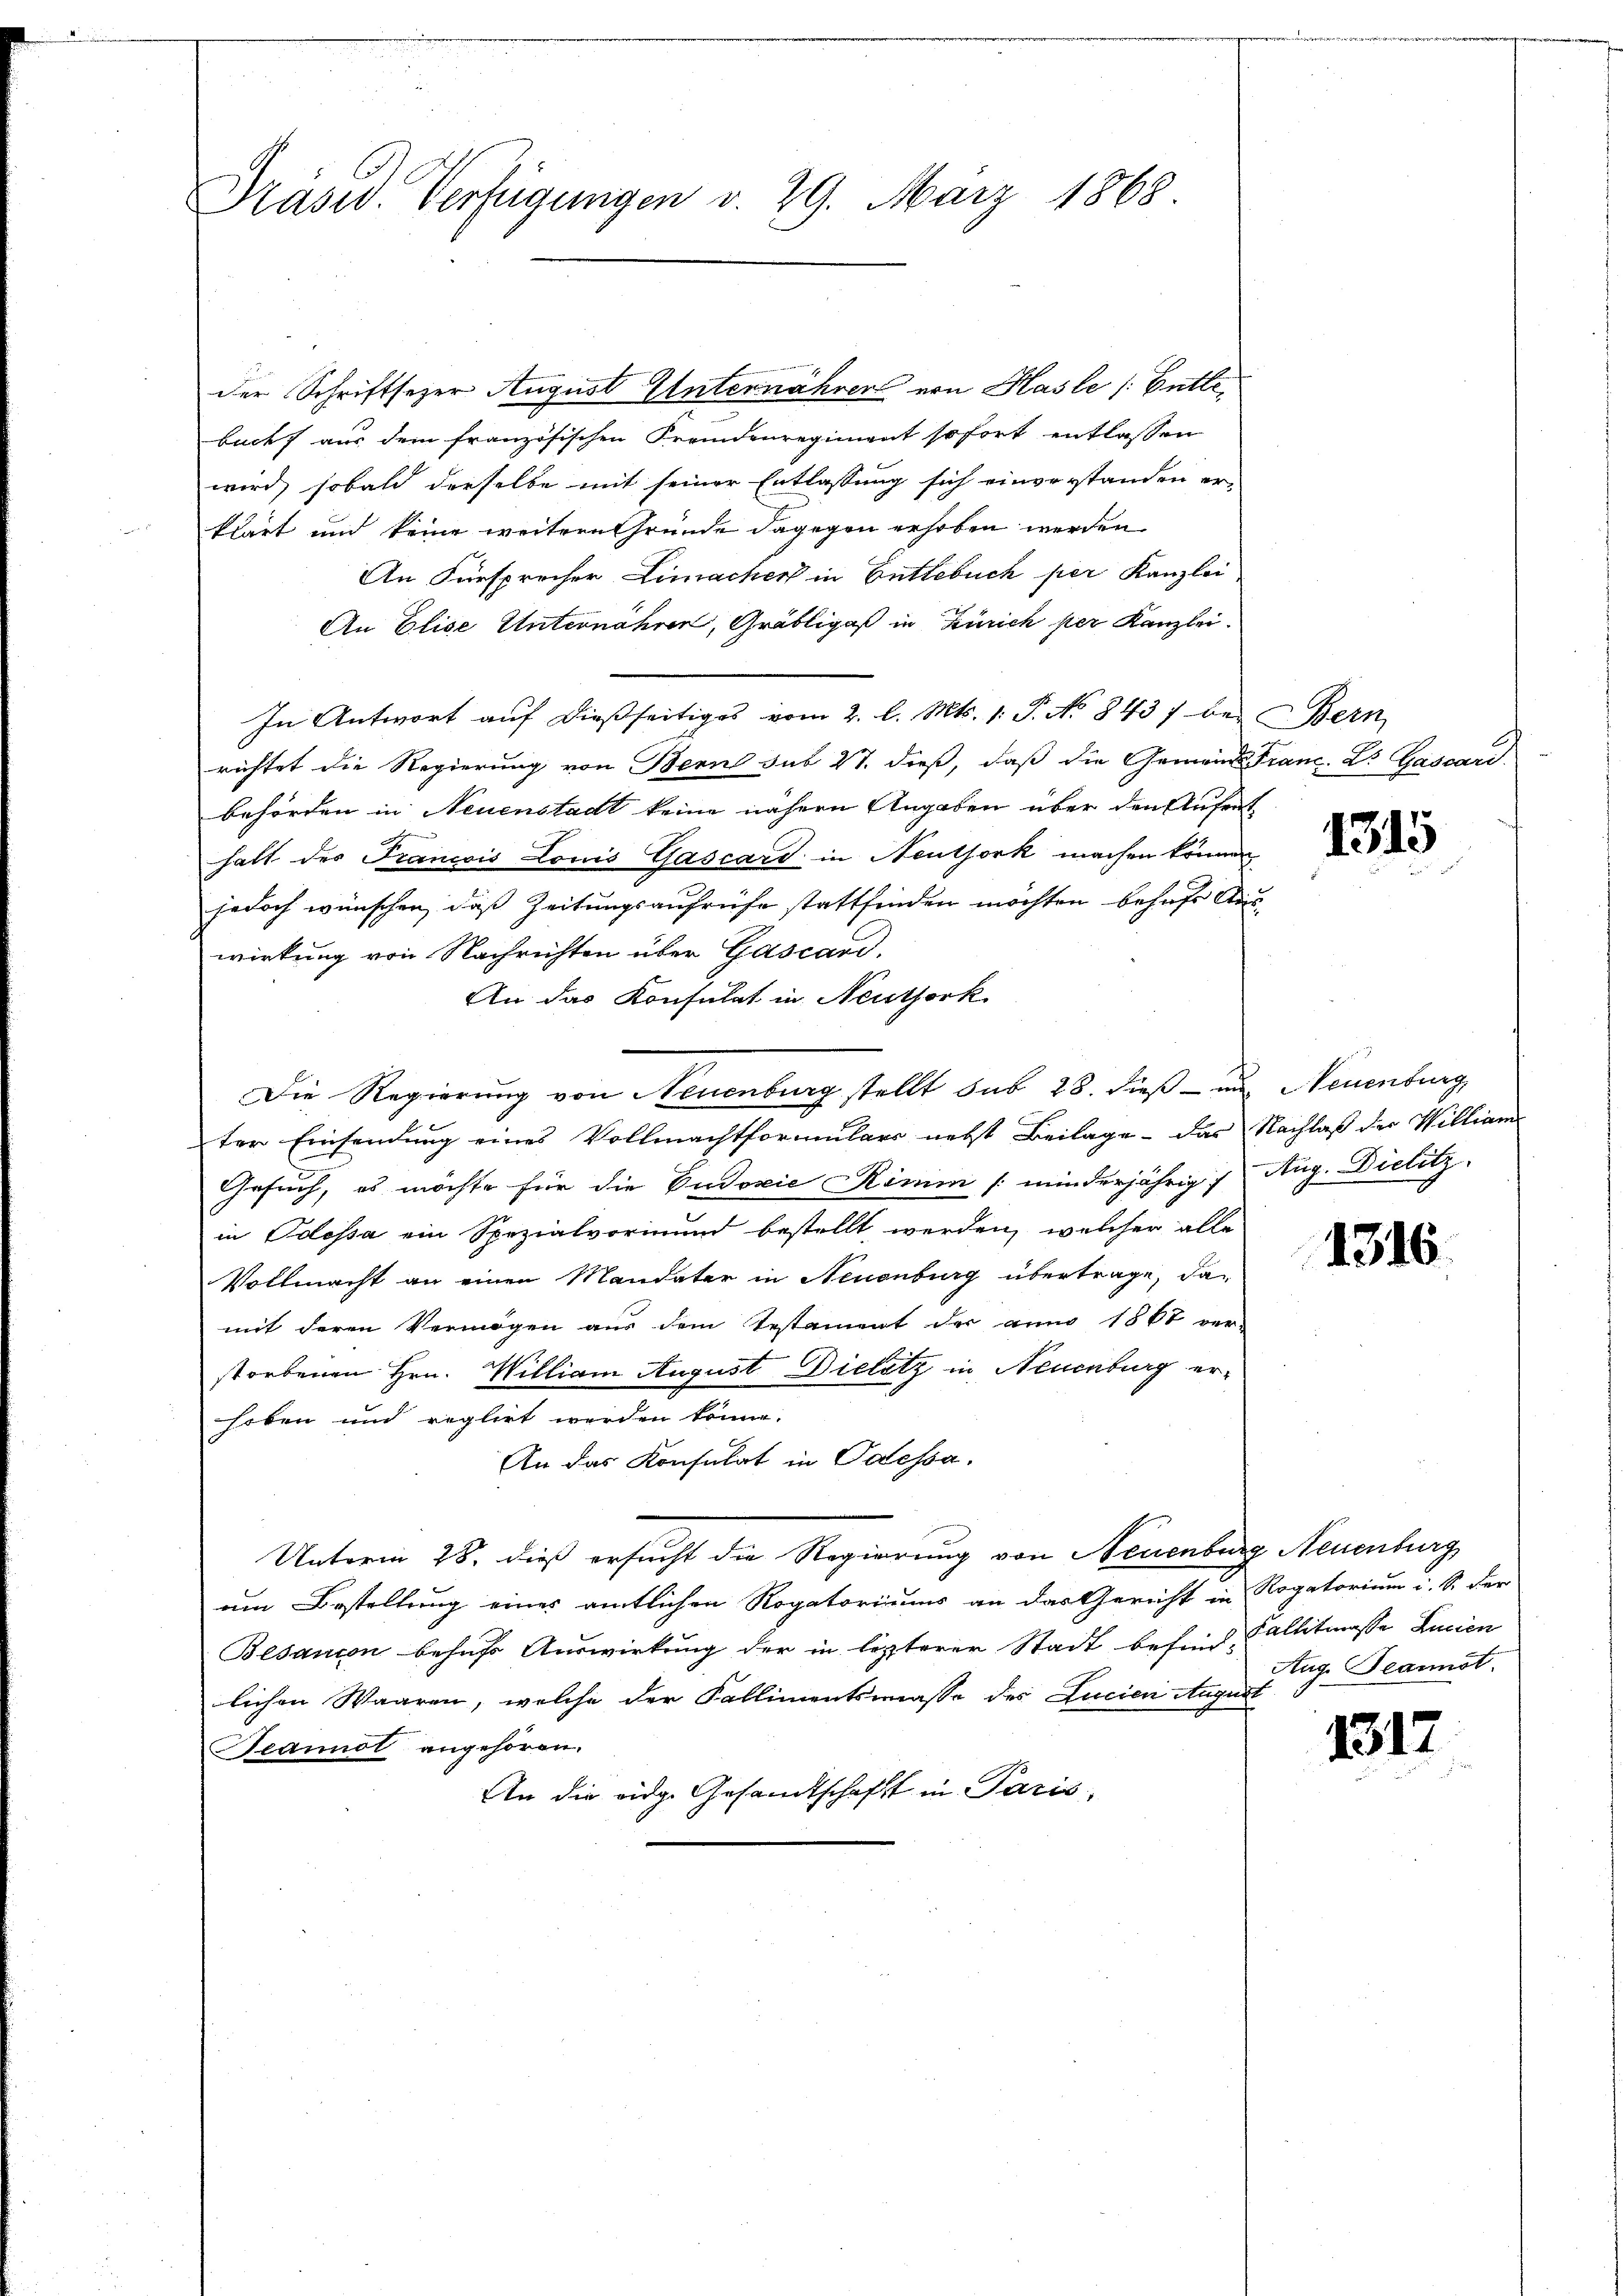
Präsid. Verfügungen d. 29. März 1868

der Schriftsezer August Unternähren von Hasle /: Buttebacht aus dem französischen Fremdenregiment sofort entlassen
wird, sobald derselbe mit seiner Entlassung sich einverstanden er-
klärt und keine weitere Gründe dagegen erhoben werden.
An Fürsprecher Limacher in Entlebuch per Kanzlei
An Elise Unternähren, Gräbligast in Zürich per Kanzlei.
In Antwort auf dießseitiges vom 2. l. Mts. 1. P. No 8437 bei Bern,
richtet die Regierung von Bern sub 27. dieß, daß die Gemeinde Franz. Dr Gascari
behörden in Neuenstadt keine nähern Angaben über den Aufent
halt des Francois Louis Gascart in Neuthork machen können
jedoch wünschen, daß Zeitungsaufrufe stattfinden möchten behufs Auswirkung von Nachrichten über Gascard.
An das Konsulat in Neuthork
Die Regierung von Neuenburg stellt sub 28. dieß – und Neuenburg,
ter Einsendung eines Vollmachtformulars nebst Beilage - das Nachlaß der William
Gesuch, es möchte für die Eudoxie Rimm minderjährig Aug. Dielitz,
in Polessa ein Spezialvormund bestellt werden, welcher alle
Vollmacht an einen Mandater in Neuenburg übertrage, da
mit deren Vermögen aus dem Testament der anno 1867 ver-
storbenen Hrn. William August Dieletz in Neuenburg erhoben und reglirt werden könne.
An das Konsulat in Caessa.
Unterm 28. dieß ersucht die Regierung von Neuenburg Neuenburg
um Bestellung eines amtlichen Rogatoriums an das Gericht in Rogatorium i. S. der
Besanion behufs Auswirkung der in letzterer Stadt besind, Fallitmasse Lucien
lichen Waaren, welche der Kallimentsmasse des Lucien Augus
Seannol angehören.
An die eidg. Gesandtschaft in Paris,

1315

1316

Aug. cannst.

1317